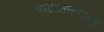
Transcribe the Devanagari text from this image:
पाडळकरांचा